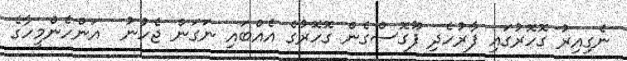
ނެގިއިރު ގޮހޮރުގައި ފާރުހެދި ފޫގޮސްގެން ގޮހޮރުގެ އެއްބައި ނަގަން ޖެހުނު  އަންހެންމީހާގެ